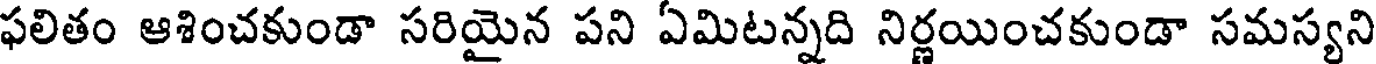
ఫలితం ఆశించకుండా సరియైన పని ఏమిటన్నది నిర్ణయించకుండా సమస్యని